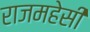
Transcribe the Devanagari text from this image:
राजमहेसी